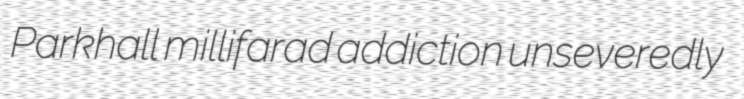
Parkhall millifarad addiction unseveredly